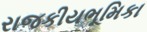
રાજકીયભૂમિકા